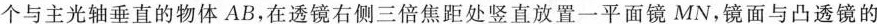
个与主光轴垂直的物体AB，在透镜右侧三倍焦距处竖直放置一平面镜MN，镜面与凸透镜的